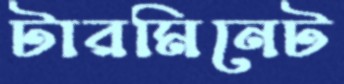
টারমিনেট